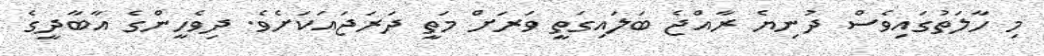
މި ހާލަތުގައިވެސް ދުނިޔެ ރާއްޖެ ބަލައިގަތީ ވަރަށް މަތީ ދަރަޖައަކަށެވެ. ދިވެހީންގެ އާބާދީގެ